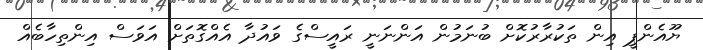
ޔޫއެންޕީ އިން ތަކުރާރުކޮށް ބުނަމުން އަންނަނީ ރައީސްގެ ވައުދާ އެއްގޮތަށް އަވަސް އިންތިހާބެއް